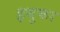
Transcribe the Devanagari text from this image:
इबुका